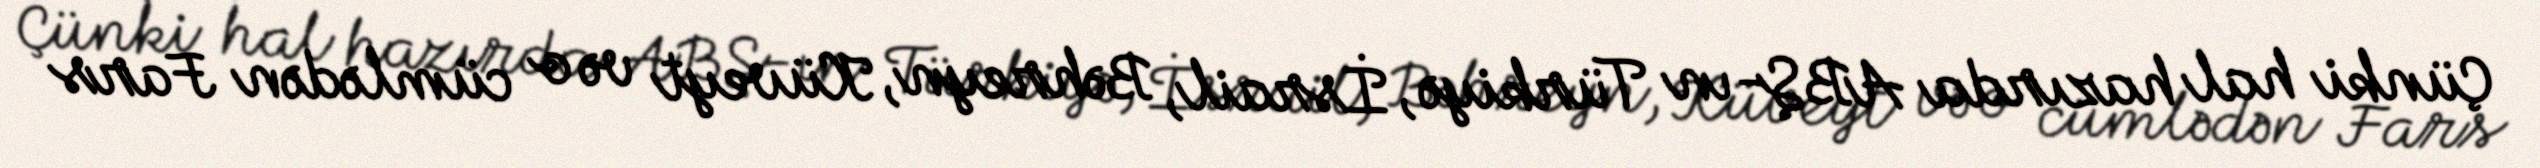
Çünki hal hazırda ABŞ-ın Türkiyə, İsrail, Bəhreyn, Küveyt və o cümlədən Fars